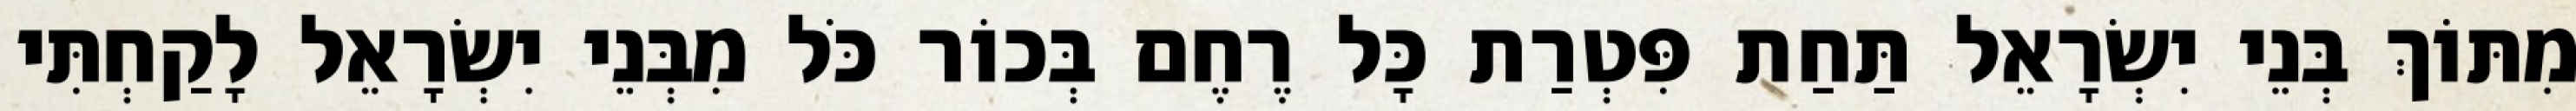
מִתּוֹךְ בְּנֵי יִשְׂרָאֵל תַּחַת פִּטְרַת כָּל רֶחֶם בְּכוֹר כֹּל מִבְּנֵי יִשְׂרָאֵל לָקַחְתִּי